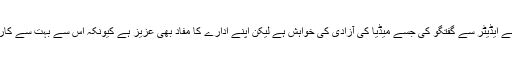
وائس آف امریکا نے ایک ایسے ایڈیٹر سے گفتگو کی جسے میڈیا کی آزادی کی خواہش ہے لیکن اپنے ادارے کا مفاد بھی عزیز ہے کیونکہ اس سے بہت سے کارکنوں کا روزگار وابستہ ہے۔